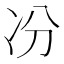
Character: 𠖲